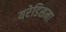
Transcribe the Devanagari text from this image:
यरेडिसमा